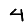
Digit: 4